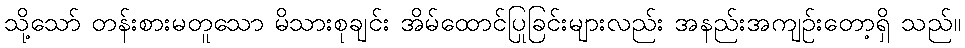
သို့သော် တန်းစားမတူသော မိသားစုချင်း အိမ်ထောင်ပြုခြင်းများလည်း အနည်းအကျဉ်းတော့ရှိ သည်။